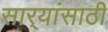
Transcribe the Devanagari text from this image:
सार्‍यांसाठी